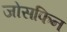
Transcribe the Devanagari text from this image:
जोसफिन